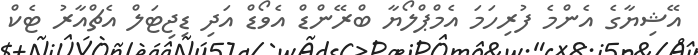
އޭޝިޔާގެ އެންްމެ ފުރިހަމަ އެމްޕްލޯޯޔާ ބްރޭންޑް އެވޯޑް އަދި ޑިޖިޓަލް އެޗްއާރު ޓެކް